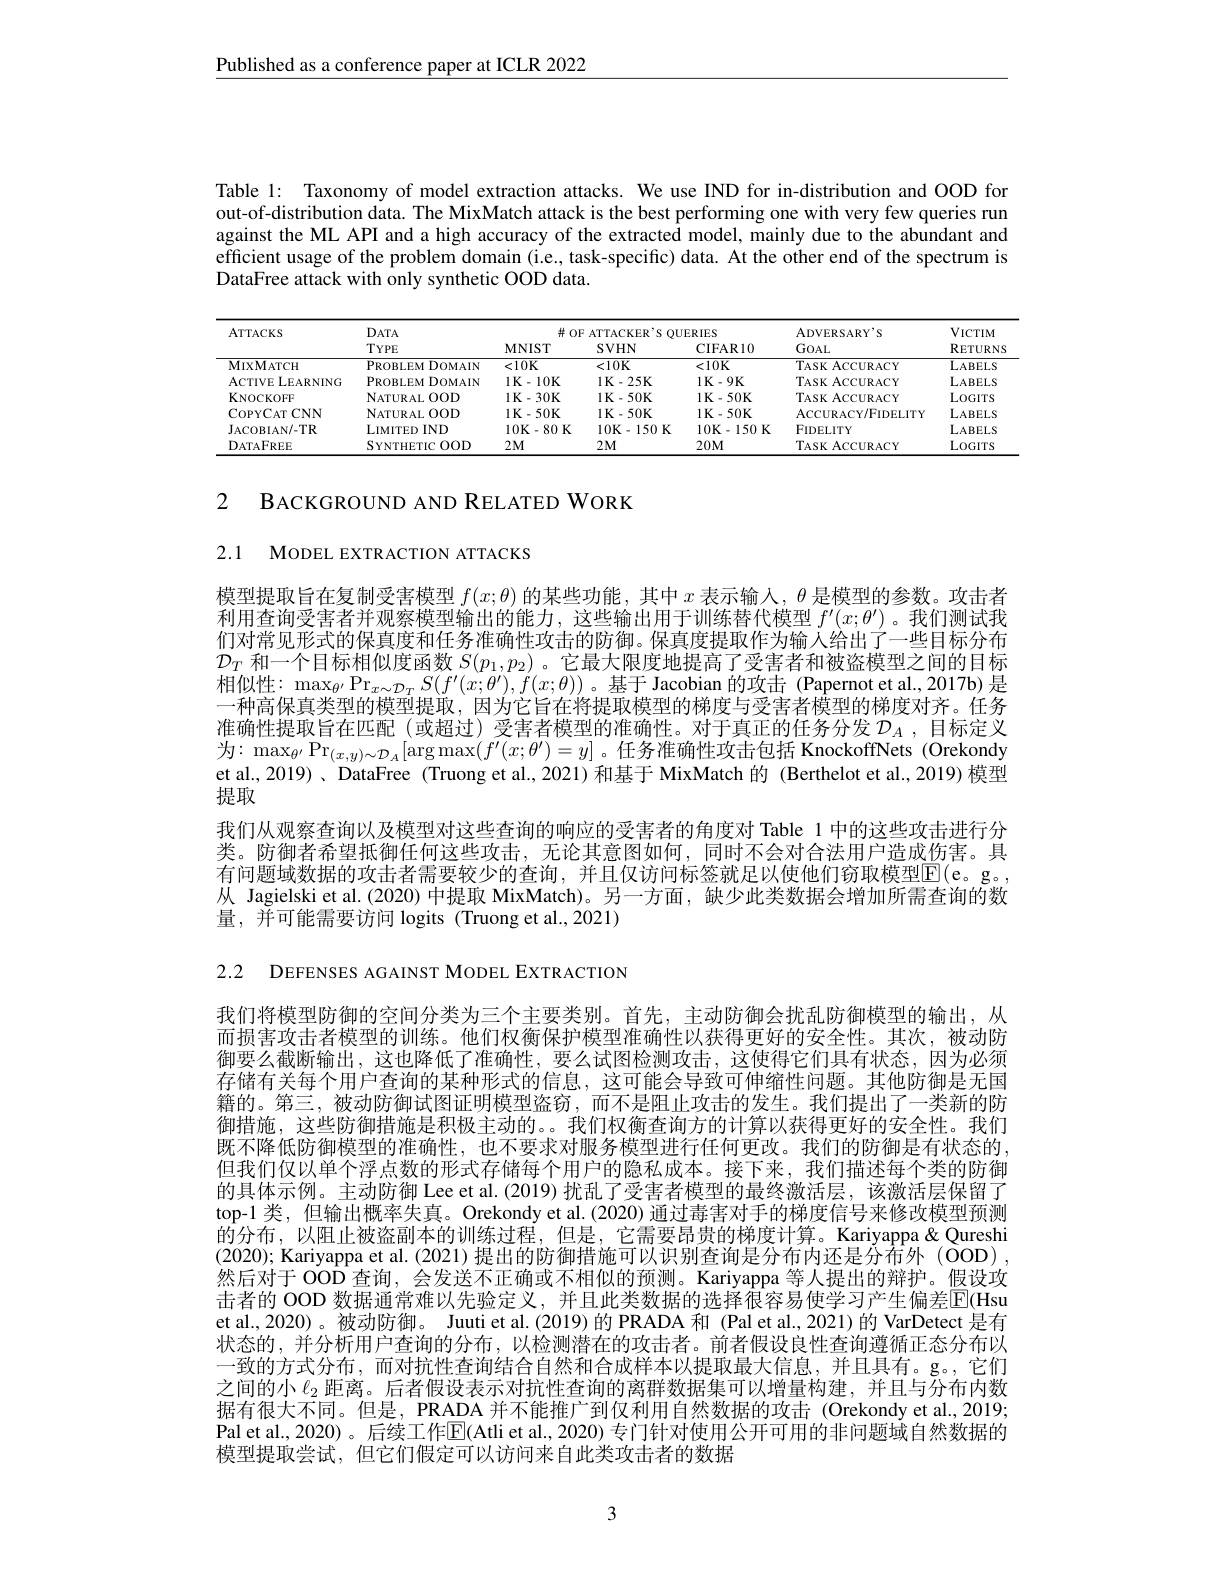
Published as a conference paper at ICLR 2022

Table 1: Taxonomy of model extraction attacks. We use IND for in-distribution and OOD for out-of-distribution data. The MixMatch attack is the best performing one with very few queries run against the ML API and a high accuracy of the extracted model, mainly due to the abundant and efficient usage of the problem domain (i.e., task-specific) data. At the other end of the spectrum is DataFree attack with only synthetic OOD data.

<table>
	<tbody>
		<tr>
			<th rowspan="2">ATTACKS</th>
			<th rowspan="2">$DATA$ $TYPE$</th>
			<th colspan="3">$\#OF$ DUERIES ATTE $Hk$ 11 V</th>
			<th rowspan="2">$\mathrm{ADVERSARY}^{\prime}$S GOAL</th>
			<th rowspan="2">$\operatorname{VICTIM}$ RETURNS</th>
		</tr>
		<tr>
			<th>$\mathbf{MNIST}$</th>
			<th>SVHN</th>
			<th>CIFAR10</th>
		</tr>
		<tr>
			<td>MIXMATCH</td>
			<td>PROBLEMDOMAIN</td>
			<td>$<10K$</td>
			<td>$<10K$</td>
			<td>$<10K$</td>
			<td>TASK ACCURACY</td>
			<td>LABELS</td>
		</tr>
		<tr>
			<td>ACTIVE LEARNING</td>
			<td>PROBLEMDOMAIN</td>
			<td>1 K-10 K</td>
			<td>$1K-25K$</td>
			<td>$1K-9K$</td>
			<td>TASK ACCURACY</td>
			<td>LABELS</td>
		</tr>
		<tr>
			<td>KNOCKOFF</td>
			<td>NATURAL O 00D</td>
			<td>1 K-30 K</td>
			<td>$1K-50K$</td>
			<td>$1K-50K$</td>
			<td>TASK ACCURACY</td>
			<td>LOGITS</td>
		</tr>
		<tr>
			<td>COPYCATCNN</td>
			<td>NATURAL O 00D</td>
			<td>$1K-50K$</td>
			<td>$1K-50K$</td>
			<td>$1K-50K$</td>
			<td>ACCURACY/ FIDELITY</td>
			<td>LABELS</td>
		</tr>
		<tr>
			<td>JACOBIAN/ - TR</td>
			<td>LIMITED IND</td>
			<td>10K-80K</td>
			<td>$10\mathbf{K}-150\mathbf{K}$</td>
			<td>$10\mathbf{K}-150\mathbf{K}$</td>
			<td>$FIDELITY$</td>
			<td>LABELS</td>
		</tr>
		<tr>
			<td>$DATAFREE$</td>
			<td>SYNTHETIC 7 00D</td>
			<td>$2M$</td>
			<td>$2M$</td>
			<td>$20M$</td>
			<td>TASK ACCURACY</td>
			<td>LOGITS</td>
		</tr>
	</tbody>
</table>

2

BACKGROUND AND RELATED WORK

2.1 MODEL EXTRACTION ATTACKS

模型提取旨在复制受害模型$f(x;\theta)$的某些功能，其中$x$表示输入，$\theta$是模型的参数。攻击者利用查询受害者并观察模型输出的能力，这些输出用于训练替代模型$f^{\prime}(x;\theta^{\prime})$ 。我们测试我们对常见形式的保真度和任务准确性攻击的防御。保真度提取作为输入给出了一些目标分布$\mathcal{D}_T$和一个目标相似度函数$S(p_1,p_2)$ 。它最大限度地提高了受害者和被盗模型之间的目标相似性：$\max_{\theta^{\prime}}\Pr_{x\sim\mathcal{D}_T}S(f^{\prime}(x;\theta^{\prime}),f(x;\theta))$。基于Jacobian 的攻击(Papernot et al.,2017b)是准确性提取旨在匹配(或超过)受害者模型的准确性。对于真正的任务分发$\mathcal{D}_A$ ,目标定义为：$\max_{\theta^{\prime}}\Pr_{(x,y)\sim\mathcal{D}_A}[\arg\max(f^{\prime}(x;\theta^{\prime})=y]$。任务准确性攻击包括 KnockoffNets(Orekondy et al., 2019) 、 DataFree (Truong et al., 2021) 和基于 MixMatch 的 (Berthelot et al., 2019) 模型提取
我们从观察查询以及模型对这些查询的响应的受害者的角度对 Table 1 中的这些攻击进行分类。防御者希望抵御任何这些攻击，无论其意图如何，同时不会对合法用户造成伤害。具有问题域数据的攻击者需要较少的查询，并且仅访问标签就足以使他们窃取模型$\overline{\mathrm{E}}($e。g。, 从 Jagielski et al.(2020) 中提取 MixMatch)。另一方面，缺少此类数据会增加所需查询的数量，并可能需要访问 logits (Truong et al.,2021)

2.2 DEFENSES AGAINST MODEL EXTRACTION

我们将模型防御的空间分类为三个主要类别。首先，主动防御会扰乱防御模型的输出，从而损害攻击者模型的训练。他们权衡保护模型准确性以获得更好的安全性。其次，被动防御要么截断输出，这也降低了准确性，要么试图检测攻击，这使得它们具有状态，因为必须存储有关每个用户查询的某种形式的信息，这可能会导致可伸缩性问题。其他防御是无国籍的。第三，被动防御试图证明模型盗窃，而不是阻止攻击的发生。我们提出了一类新的防御措施，这些防御措施是积极主动的。。我们权衡查询方的计算以获得更好的安全性。我们既不降低防御模型的准确性，也不要求对服务模型进行任何更改。我们的防御是有状态的， 但我们仅以单个浮点数的形式存储每个用户的隐私成本。接下来，我们描述每个类的防御的具体示例。主动防御 Lee et al. (2019) 扰乱了受害者模型的最终激活层，该激活层保留了top-1 类，但输出概率失真。Orekondy et al.(2020) 通过毒害对手的梯度信号来修改模型预测的分布，以阻止被盗副本的训练过程，但是，它需要昂贵的梯度计算。Kariyappa&Qureshi (2020); Kariyappa et al. (2021)提出的防御措施可以识别查询是分布内还是分布外 (ÓOD), 然后对于 OOD 查询，会发送不正确或不相似的预测。Kariyappa 等人提出的辩护。假设攻击者的 OOD 数据通常难以先验定义，并且此类数据的选择很容易使学习产生偏差$\overline{\mathrm{E}}($Hsu et al., 2020)。被动防御。Juuti et al.(2019)的 PRADA 和 (Pal et al.,2021)的 VarDetect 是有状态的，并分析用户查询的分布，以检测潜在的攻击者。前者假设良性查询遵循正态分布以一致的方式分布，而对抗性查询结合自然和合成样本以提取最大信息，并且具有。g。,它们之间的小$\ell_{2}$距离。后者假设表示对抗性查询的离群数据集可以增量构建，并且与分布内数据有很大不同。但是，PRADA 并不能推广到仅利用自然数据的攻击 (Orekondy et al.,2019; Pal et al., 2020) 。后续工作$\overline{\mathrm{E}}($Atli et al., 2020) 专门针对使用公开可用的非问题域自然数据的模型提取尝试，但它们假定可以访问来自此类攻击者的数据

3